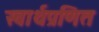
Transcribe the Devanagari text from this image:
स्वार्थप्रणित